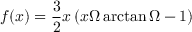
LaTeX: f ( x ) = \frac { 3 } { 2 } x \left( x \Omega \arctan \Omega - 1 \right)